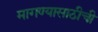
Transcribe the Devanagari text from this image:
मागण्यासाठीची